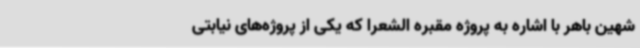
شهین باهر با اشاره به پروژه مقبره الشعرا که یکی از پروژه‌های نیابتی